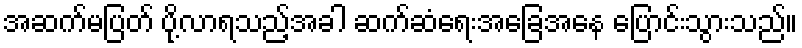
အဆက်မပြတ် ပို့လာရသည့်အခါ ဆက်ဆံရေးအခြေအနေ ပြောင်းသွားသည်။